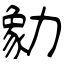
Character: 勨